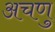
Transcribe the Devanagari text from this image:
अचणु